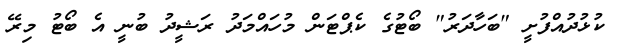
ކުޅުދުއްފުށީ "ބަހާދަރު" ބޯޓުގެ ކެޕްޓަން މުހައްމަދު ރަޝީދު ބުނީ އެ ބޯޓު މިރޭ